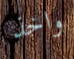
واخذ